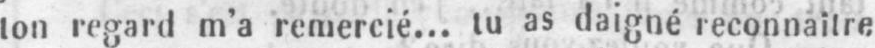
ton regard m’a remercié... tu as daigné reconnaître